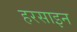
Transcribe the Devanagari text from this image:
हरसाइन